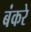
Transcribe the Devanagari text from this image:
बंकरे